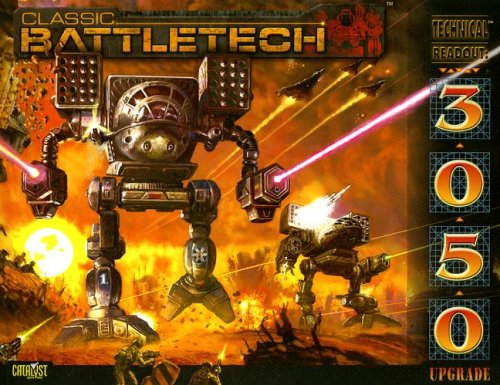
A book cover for Battletech Technical Readout 3050 Upgrad (Classic Battletech); Science Fiction & Fantasy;